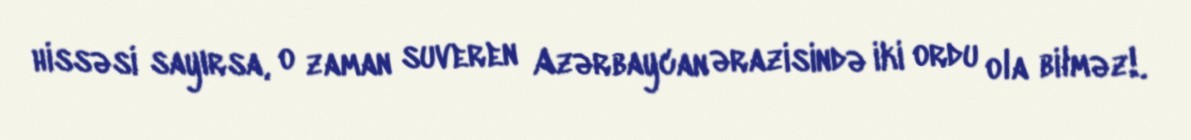
hissəsi sayırsa, o zaman suveren Azərbaycan ərazisində iki ordu ola bilməz!.